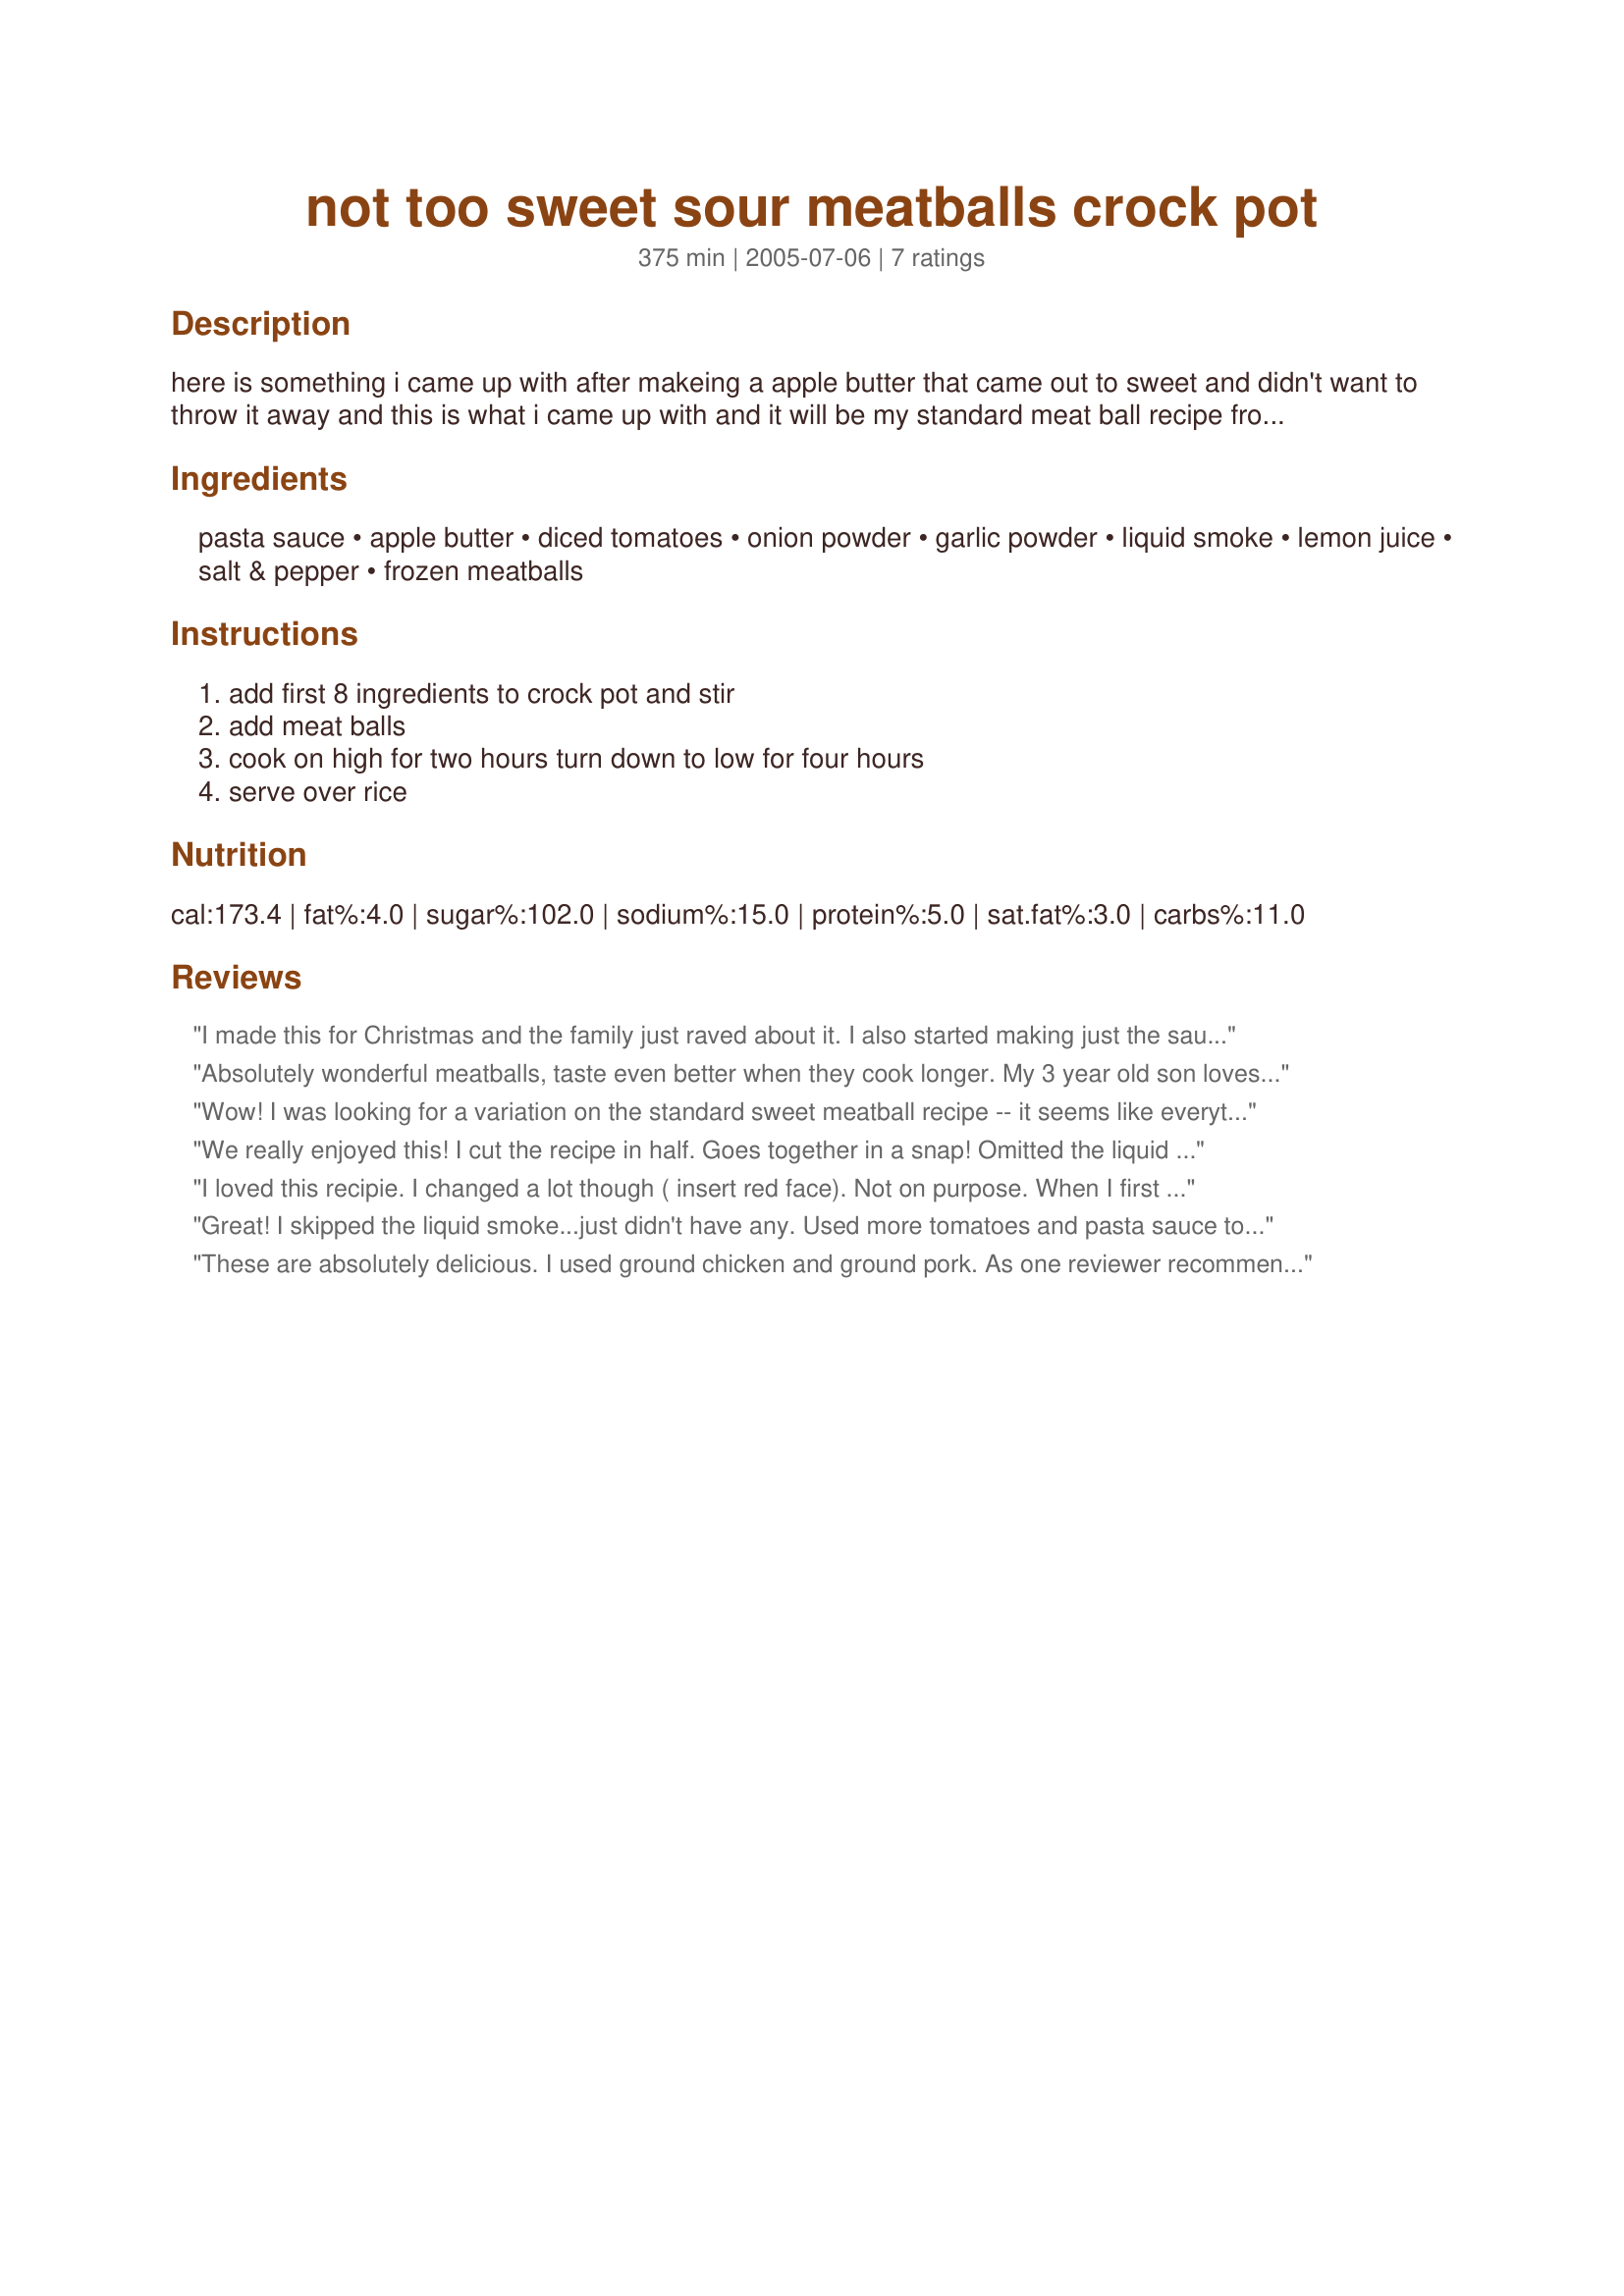
not too sweet sour meatballs crock pot
Preparation time: 375 minutes

here is something i came up with after makeing a apple butter that came out to sweet and didn't want to throw it away and this is what i came up with and it will be my standard meat ball recipe from now on i hope you try it

Ingredients:
pasta sauce, apple butter, diced tomatoes, onion powder, garlic powder, liquid smoke, lemon juice, salt & pepper, frozen meatballs

Steps:
add first 8 ingredients to crock pot and stir, add meat balls, cook on high for two hours turn down to low for four hours, serve over rice

Reviews:
I made this for Christmas and the family just raved about it. I also started making just the sauce and have it with pasta...it's so much more enjoyable than plain pasta sauce out of the jar!
Absolutely wonderful meatballs, taste even better when they cook longer. My 3 year old son loves them, says they are better than mommy's hahahaha. Again have eaten them after Dave cooked them.
Danielle
Wow! I was looking for a variation on the standard sweet meatball recipe -- it seems like everything on here calls for grape jelly & chili sauce or cranberry sauce and chili sauce. But that was just too sweet for my taste. Using the apple butter was perfect! Very sweet -- my 2 year old loves it -- but not disgustingly so that adults run the other direction. I didn't have any liquid smoke, so I added some worcester sauce instead. I also added a bit of leftover marinara sauce and used a can of chopped tomatoes instead of fresh ones. But the meatballs I made from scratch, using ground beef, chopped onion, rice, egg, salt, pepper, and garlic powder. LOVE IT! Thanks so much for posting this recipe.
We really enjoyed this! I cut the recipe in half. Goes together in a snap! Omitted the liquid smoke. Made for Zaar Chef Alphabet Soup Game.
I loved this recipie. I changed a lot though ( insert red face). Not on purpose. When I first read this recipie I read the first ingredient as pasta not pasta sauce and I was using this as a appetizer so I ignored the first ingredient, pasta sauce, compltely. I then added 1/2 c. diced onion, 1/2 cup sweet and sour sauce, 1/2 cup sweet n spicy bb sauce. I only used 8 oz. apple butter, because it was all I had & I used 2 14.5 oz cans diced tomatoes. I drained one and I used the juice and all in the other. It came out great and was a hit. MY 3 year old loved it over rice with a side of veggies and my very picky party guests were annoyed when they were gone. Thanks!!
Great! I skipped the liquid smoke...just didn't have any. Used more tomatoes and pasta sauce to make it a bit more saucy for spaghetti. Thanks dave!
These are absolutely delicious. I used ground chicken and ground pork. As one reviewer recommended I added a little ground ginger and a little orange zest. Used 3 lbs. of meat and only doubled the sauce. The ratio of sauce and meat was just about right. The sauce is sooooooo good!
